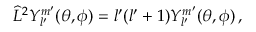
\widehat { L } ^ { 2 } Y _ { l ^ { \prime } } ^ { m ^ { \prime } } ( \theta , \phi ) = l ^ { \prime } ( l ^ { \prime } + 1 ) Y _ { l ^ { \prime } } ^ { m ^ { \prime } } ( \theta , \phi ) \, ,